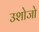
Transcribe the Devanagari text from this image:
उशोजो